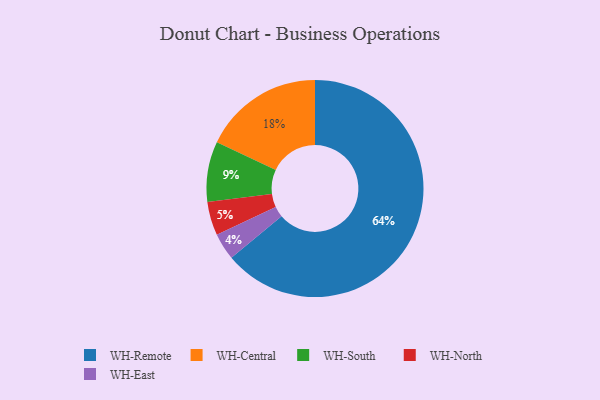
{"axis": {"x": "Category", "y": "Percentage"}, "legend": ["WH-Central", "WH-East", "WH-North", "WH-Remote", "WH-South"], "data": [{"x": "WH-North", "y": 5, "type": "WH-North"}, {"x": "WH-East", "y": 4, "type": "WH-East"}, {"x": "WH-South", "y": 9, "type": "WH-South"}, {"x": "WH-Remote", "y": 64, "type": "WH-Remote"}, {"x": "WH-Central", "y": 18, "type": "WH-Central"}]}